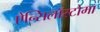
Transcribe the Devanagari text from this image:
ऐन्सिलॉस्टोमा